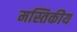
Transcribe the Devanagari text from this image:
मस्तिकीय